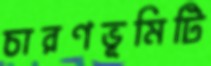
চারণভূমিটি